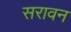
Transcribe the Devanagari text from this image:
सरावन